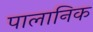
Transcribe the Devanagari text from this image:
पालानिक